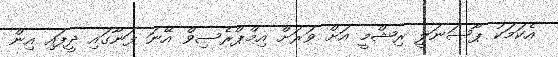
އެކަމަކު ޕާސަނަލީ ރިޝްމީ އަށް ވަރަށް އިމްޕްރެސިވް އޭނަ ފަނާގައި ދީފައި އިން